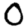
Digit: 0